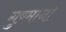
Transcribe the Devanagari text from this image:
गुण्मानों